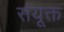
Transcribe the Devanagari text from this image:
संयूक्त